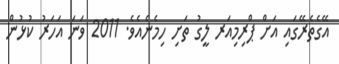
އޭގެތެރޭގައި އަށް ޕްރިމިއަރ ލީގު ތަށި ހިމެނެއެވެ. 2011 ވަނަ އަހަރު ކުޅުން